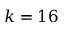
k = 1 6